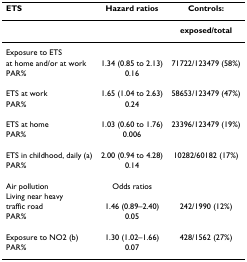
<table><thead><tr><td><b>ETS</b></td><td><b>Hazard ratios</b></td><td><b>Controls:</b></td></tr></thead><tbody><tr><td></td><td></td><td><b>exposed/total</b></td></tr><tr><td>Exposure to ETS</td><td></td><td></td></tr><tr><td>at home and/or at work</td><td>1.34 (0.85 to 2.13)</td><td>71722/123479 (58%)</td></tr><tr><td>PAR%</td><td>0.16</td><td></td></tr><tr><td>ETS at work</td><td>1.65 (1.04 to 2.63)</td><td>58653/123479 (47%)</td></tr><tr><td>PAR%</td><td>0.24</td><td></td></tr><tr><td>ETS at home</td><td>1.03 (0.60 to 1.76)</td><td>23396/123479 (19%)</td></tr><tr><td>PAR%</td><td>0.006</td><td></td></tr><tr><td>ETS in childhood, daily (a)</td><td>2.00 (0.94 to 4.28)</td><td>10282/60182 (17%)</td></tr><tr><td>PAR%</td><td>0.14</td><td></td></tr><tr><td>Air pollution</td><td>Odds ratios</td><td></td></tr><tr><td>Living near heavy</td><td></td><td></td></tr><tr><td>traffic road</td><td>1.46 (0.89–2.40)</td><td>242/1990 (12%)</td></tr><tr><td>PAR%</td><td>0.05</td><td></td></tr><tr><td>Exposure to NO2 (b)</td><td>1.30 (1.02–1.66)</td><td>428/1562 (27%)</td></tr><tr><td>PAR%</td><td>0.07</td><td></td></tr></tbody></table>